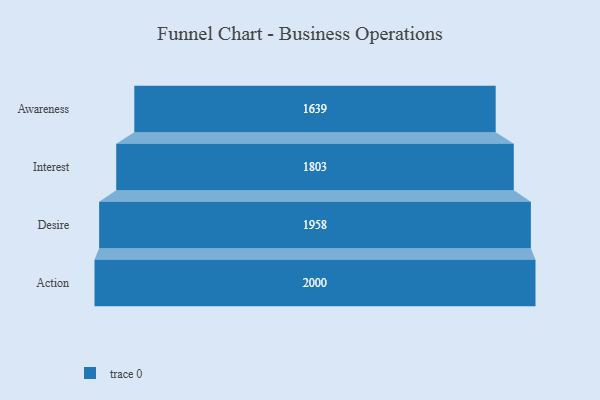
{"axis": {"x": "Stage", "y": "Value"}, "legend": [""], "data": [{"x": "Awareness", "y": 1639.0, "type": ""}, {"x": "Interest", "y": 1803.0, "type": ""}, {"x": "Desire", "y": 1958.0, "type": ""}, {"x": "Action", "y": 2000, "type": ""}]}